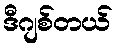
ဒီဂျစ်တယ်